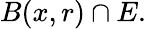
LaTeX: B(x,r)\cap E.